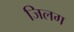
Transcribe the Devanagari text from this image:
जिलग